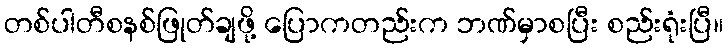
တစ်ပါတီစနစ်ဖြုတ်ချဖို့ ပြောကတည်းက ဘဏ်မှာစပြီး စည်းရုံးပြီ။